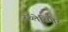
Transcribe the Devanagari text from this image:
स्च्लेसिंगेर